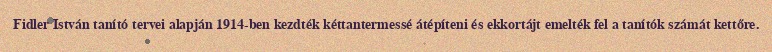
Fidler István tanító tervei alapján 1914-ben kezdték kéttantermessé átépíteni és ekkortájt emelték fel a tanítók számát kettőre.